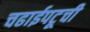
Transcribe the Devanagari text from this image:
चढाईपटूची